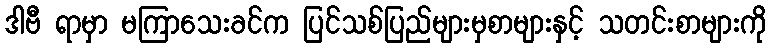
ဒါဗီ ရာမှာ မကြာသေးခင်က ပြင်သစ်ပြည်များမှစာများနှင့် သတင်းစာများကို